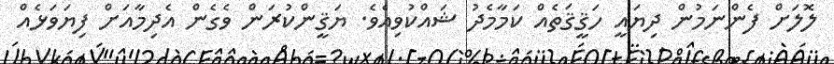
ލޮލަށް ފެންނަމުން ދިޔައީ ހަޤީޤަތެއް ކަމާމެދު ޝައްކުވިއެވެ. ޔަޤީންކުރަން ވެގެން އެދިމާއަށް ފިޔަވަޅެއް